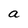
Character: a